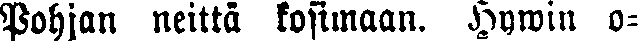
Pohjan neittä kosimaan. Hywin o-